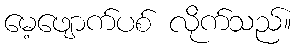
မေ့ဖျောက်ပစ် လိုက်သည်။